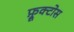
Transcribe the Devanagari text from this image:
फ़्रूक्टोस